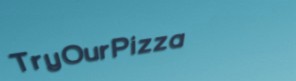
TryOurPizza